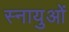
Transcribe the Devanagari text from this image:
स्‍नायुओं